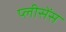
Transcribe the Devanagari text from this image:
प्लीसेंस